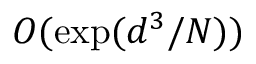
O ( \exp ( d ^ { 3 } / N ) )